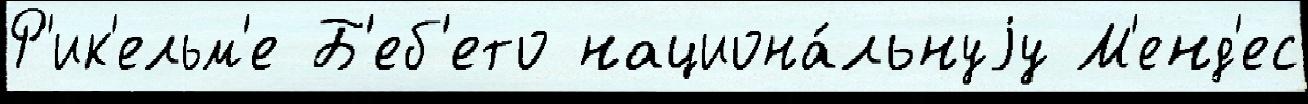
Р'ик'ельм'е Б'еб'ето национа́льнуjу М'енд'ес